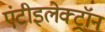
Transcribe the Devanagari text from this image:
एंटीइलेक्ट्रॉन